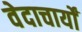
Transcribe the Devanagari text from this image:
वेदाचार्यों